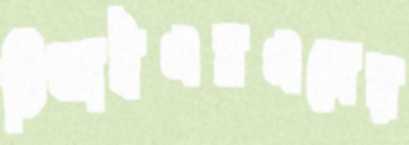
টিআইএসএলের